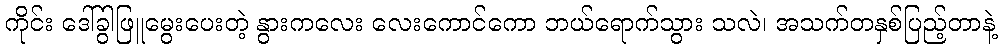
ကိုင်း ဒေါ်ခွါဖြူမွေးပေးတဲ့ နွားကလေး လေးကောင်ကော ဘယ်ရောက်သွား သလဲ၊ အသက်တနှစ်ပြည့်တာနဲ့